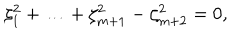
\zeta _ { 1 } ^ { 2 } + \ldots + \zeta _ { m + 1 } ^ { 2 } - \zeta _ { m + 2 } ^ { 2 } = 0 ,